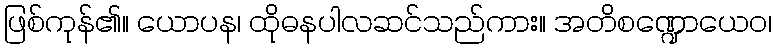
ဖြစ်ကုန်၏။ ယောပန၊ ထိုဓနပါလဆင်သည်ကား။ အတိစဏ္ဍောယေဝ၊